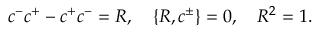
c ^ { - } c ^ { + } - c ^ { + } c ^ { - } = R , \quad \{ R , c ^ { \pm } \} = 0 , \quad R ^ { 2 } = 1 .